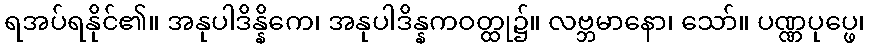
ရအပ်ရနိုင်၏။ အနုပါဒိန္နိကေ၊ အနုပါဒိန္နကဝတ္ထု၌။ လဗ္ဘမာနော၊ သော်။ ပဏ္ဏပုပ္ဖေ၊